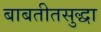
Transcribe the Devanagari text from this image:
बाबतीतसुद्धा